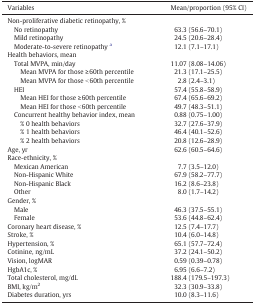
<table><thead><tr><td><b>Variables</b></td><td><b>Mean/proportion (95% CI)</b></td></tr></thead><tbody><tr><td>Non-proliferative diabetic retinopathy, %</td><td></td></tr><tr><td> No retinopathy</td><td>63.3 (56.6–70.1)</td></tr><tr><td> Mild retinopathy</td><td>24.5 (20.6–28.4)</td></tr><tr><td> Moderate-to-severe retinopathy a</td><td>12.1 (7.1–17.1)</td></tr><tr><td>Health behaviors, mean</td><td></td></tr><tr><td> Total MVPA, min/day</td><td>11.07 (8.08–14.06)</td></tr><tr><td> Mean MVPA for those ≥ 60th percentile</td><td>21.3 (17.1–25.5)</td></tr><tr><td> Mean MVPA for those &lt; 60th percentile</td><td>2.8 (2.4–3.1)</td></tr><tr><td> HEI</td><td>57.4 (55.8–58.9)</td></tr><tr><td> Mean HEI for those ≥ 60th percentile</td><td>67.4 (65.6–69.2)</td></tr><tr><td> Mean HEI for those &lt; 60th percentile</td><td>49.7 (48.3–51.1)</td></tr><tr><td> Concurrent healthy behavior index, mean</td><td>0.88 (0.75–1.00)</td></tr><tr><td> % 0 health behaviors</td><td>32.7 (27.6–37.9)</td></tr><tr><td> % 1 health behaviors</td><td>46.4 (40.1–52.6)</td></tr><tr><td> % 2 health behaviors</td><td>20.8 (12.6–28.9)</td></tr><tr><td>Age, yr</td><td>62.6 (60.5–64.6)</td></tr><tr><td>Race-ethnicity, %</td><td></td></tr><tr><td> Mexican American</td><td>7.7 (3.5–12.0)</td></tr><tr><td> Non-Hispanic White</td><td>67.9 (58.2–77.7)</td></tr><tr><td> Non-Hispanic Black</td><td>16.2 (8.6–23.8)</td></tr><tr><td> Other</td><td>8.0 (1.7–14.2)</td></tr><tr><td>Gender, %</td><td></td></tr><tr><td> Male</td><td>46.3 (37.5–55.1)</td></tr><tr><td> Female</td><td>53.6 (44.8–62.4)</td></tr><tr><td>Coronary heart disease, %</td><td>12.5 (7.4–17.7)</td></tr><tr><td>Stroke, %</td><td>10.4 (6.0–14.8)</td></tr><tr><td>Hypertension, %</td><td>65.1 (57.7–72.4)</td></tr><tr><td>Cotinine, ng/mL</td><td>37.2 (24.1–50.2)</td></tr><tr><td>Vision, logMAR</td><td>0.59 (0.39–0.78)</td></tr><tr><td>HgbA1c, %</td><td>6.95 (6.6–7.2)</td></tr><tr><td>Total cholesterol, mg/dL</td><td>188.4 (179.5–197.3)</td></tr><tr><td>BMI, kg/m<sup>2</sup></td><td>32.3 (30.9–33.8)</td></tr><tr><td>Diabetes duration, yrs</td><td>10.0 (8.3–11.6)</td></tr></tbody></table>